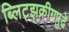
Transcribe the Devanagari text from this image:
ब्लिट्झक्रीगपुढे